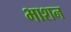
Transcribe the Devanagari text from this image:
भाशन